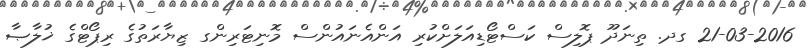
21-03-2016 ގދ. ތިނަދޫ ޕޮލިސް ކަސްޓޯޑިއަލަށްކުރި އަންއެނައުންސް މޮނިޓަރިންގ ޒިޔާރަތުގެ ރިޕޯޓްގެ ޚުލާޞާ